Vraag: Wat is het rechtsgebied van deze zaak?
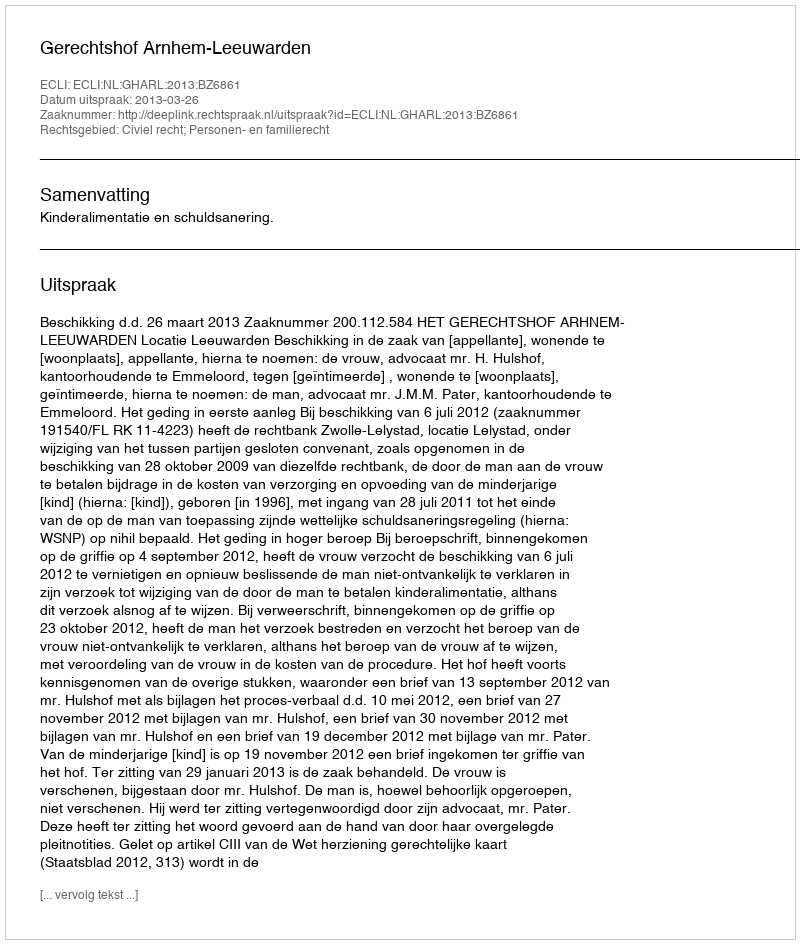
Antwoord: Civiel recht; Personen- en familierecht